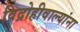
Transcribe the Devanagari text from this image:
विद्रोहीवाल्यांना